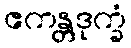
ဧကန္တဒုက္ခံ